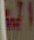
الم